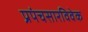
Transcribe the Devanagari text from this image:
प्रपंचसारविवेक